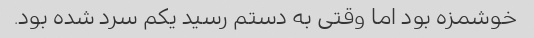
خوشمزه بود اما وقتی به دستم رسید یکم سرد شده بود.